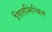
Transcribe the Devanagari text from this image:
तिलमिश्रित